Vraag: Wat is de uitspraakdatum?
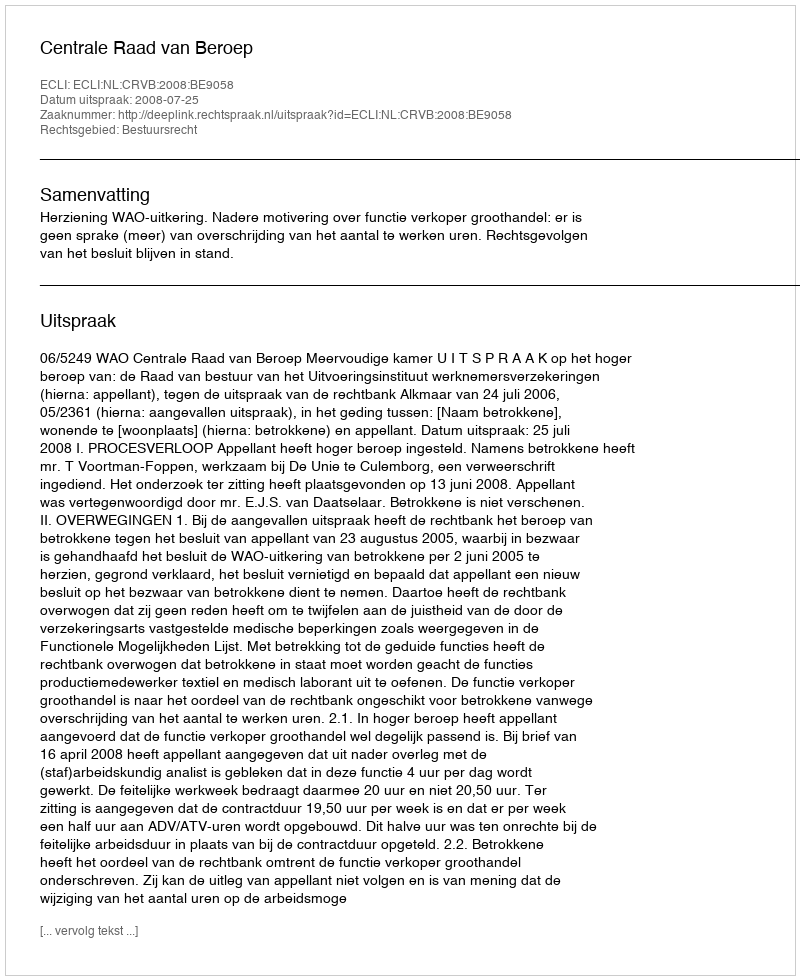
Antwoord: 2008-07-25